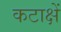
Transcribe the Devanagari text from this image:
कटाक्षें